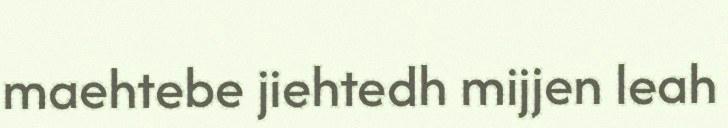
maehtebe jiehtedh mijjen leah